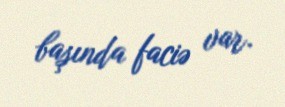
başında faciə var.